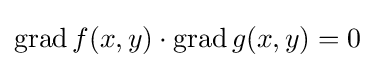
\operatorname {grad} f(x,y)\cdot \operatorname {grad} g(x,y)=0